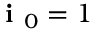
\textbf { i } _ { 0 } = 1